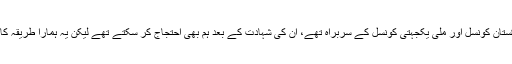
وہ دفاع پاکستان کونسل اور ملی یکجہتی کونسل کے سربراہ تھے، ان کی شہادت کے بعد ہم بھی احتجاج کر سکتے تھے لیکن یہ ہمارا طریقہ کار نہیں ہے۔